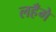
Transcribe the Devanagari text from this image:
लहँगे